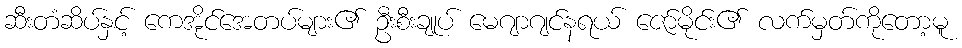
ဆီးတံဆိပ်နှင့် ကေအိုင်အေတပ်များ၏ ဦးစီးချုပ် မေဂျာဂျင်နရယ် ဇော်မိုင်း၏ လက်မှတ်ကိုတော့မူ